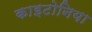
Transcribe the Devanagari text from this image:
काइटोनिया